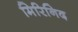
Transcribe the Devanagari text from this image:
मिरिनिद